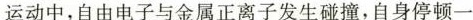
运动中，自由电子与金属正离子发生碰撞，自身停顿一